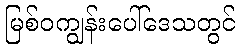
မြစ်ဝကျွန်းပေါ်ဒေသတွင်